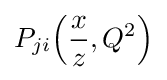
P_{ji}\!\left({\frac {x}{z}},Q^{2}\right)